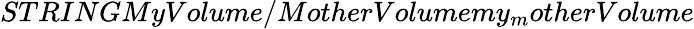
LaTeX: STRINGMyVolume/MotherVolumemy_{m}otherVolume